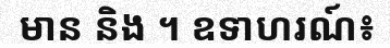
មាន និង ។ ឧទាហរណ៍៖